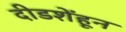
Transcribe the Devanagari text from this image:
दीडशेंहून